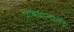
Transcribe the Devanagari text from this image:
प्रावधानांनी